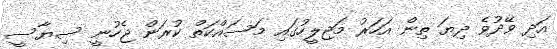
އަދި ވޭދުވެ ދިޔަ ތިން އަހަރު މަޖިލީހުގައި މަސައްކަތް ކުރަން ޖެހުނީ ސިޔާސީ